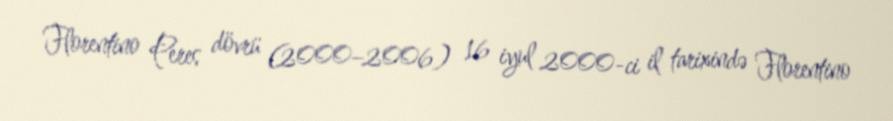
Florentino Peres dövrü (2000–2006) 16 iyul 2000-ci il tarixində Florentino